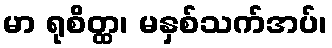
မာ ရုစိတ္ထ၊ မနှစ်သက်အပ်၊